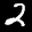
Label: 2